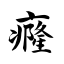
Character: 癃